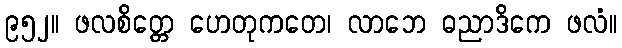
၉၅၂။ ဖလစိတ္တေ ဟေတုကတေ၊ လာဘေ ဓညာဒိကေ ဖလံ။